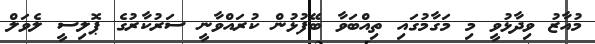
މުއާޒު ވިދާޅުވީ މި މަގާމުގައި ތިއްބަވާ ބޭފުޅުން ކުރައްވާނީ ސަރުކާރުގެ ޕޮލިސީ ލެވަލް